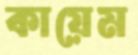
কায়েম